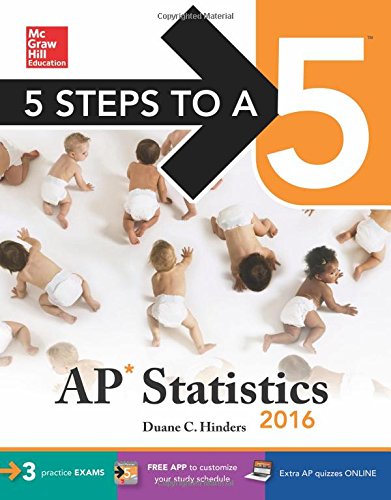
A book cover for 5 Steps to a 5 AP Statistics 2016 (5 Steps to a 5 on the Advanced Placement Examinations Series); Duane Hinders; Test Preparation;